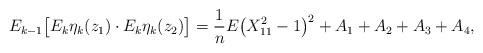
LaTeX: \begin{align*} E_{k-1} \bigl[E_{k}\eta_k(z_1)\cdot E_{k}\eta_k(z_2) \bigr] =\frac{1}{n}E\bigl(X_{11}^2-1\bigr)^2+A_1+A_2+A_3+A_4,\end{align*}